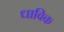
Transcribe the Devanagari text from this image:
धाविक